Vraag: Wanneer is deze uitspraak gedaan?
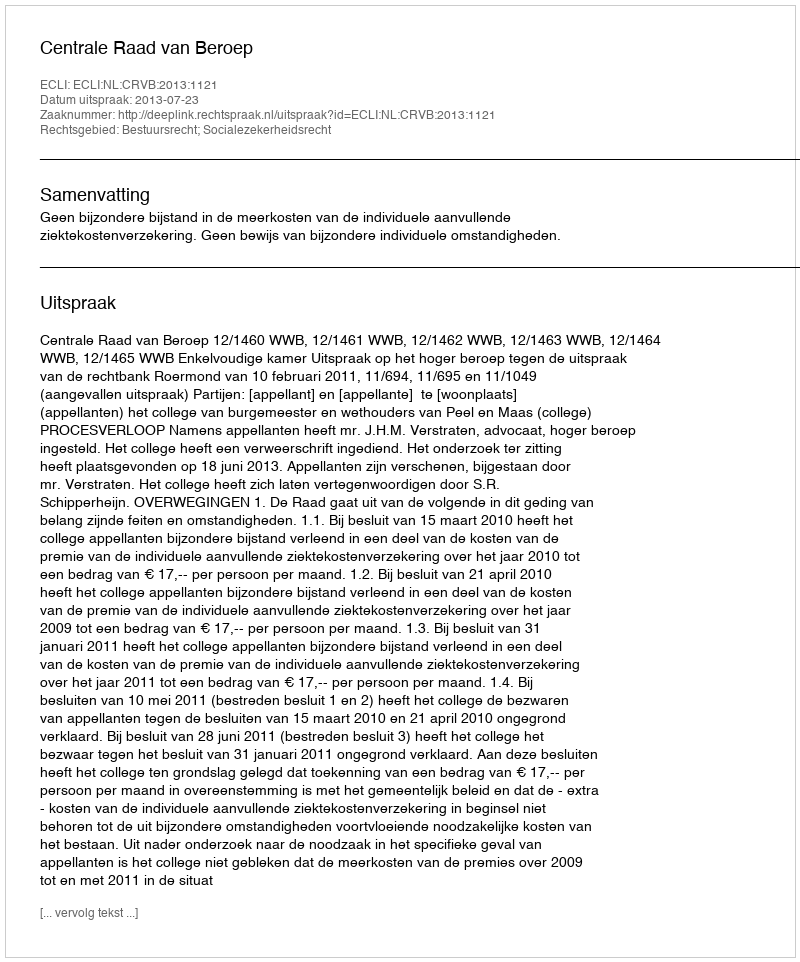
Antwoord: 2013-07-23